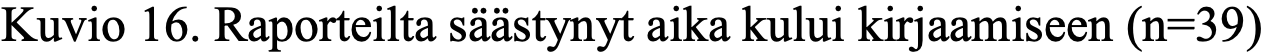
Kuvio 16. Raporteilta säästynyt aika kului kirjaamiseen (n=39)